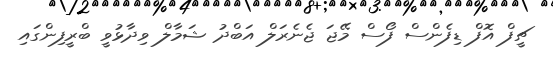
ޗީފް އޮފް ޑިފެންސް ފޯސް މޭޖަ ޖެނެރަލް އަބްދު ޝަމާލް ވިދާޅުވީ ބްރީފިންގައި